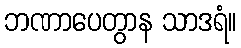
ဘဏာပေတွာန သာဒရံ။